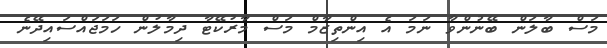
މަސް ބާލަން ބޭނުންވާ ނަމަ އެ އިންތިޒާމް މަސް މާރުކޭޓާ ދިމާލުން ހަމަޖައްސައިދޭނެ